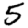
Digit: 5